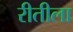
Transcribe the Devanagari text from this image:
रीतीला